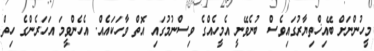
މީހުންނަށް ބޭއިޚްތިޔާރުގައިވެސް ބުނެވޭނީ އެމީހެއްގެ ވިސްނުމުގައި އޮތް ވާހަކައެއް. އެހެންވީމަ އަހަރެންގެ ހިތް